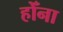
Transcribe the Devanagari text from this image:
होँना